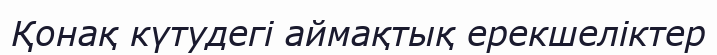
Қонақ күтудегі аймақтық ерекшеліктер